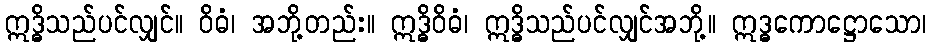
ဣဒ္ဓိသည်ပင်လျှင်။ ဝိဓံ၊ အဘို့တည်း။ ဣဒ္ဓိဝိဓံ၊ ဣဒ္ဓိသည်ပင်လျှင်အဘို့။ ဣဒ္ဓကောဋ္ဌောသော၊